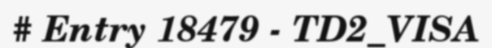
# Entry 18479 - TD2_VISA